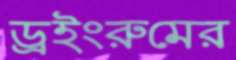
ড্রইংরুমের